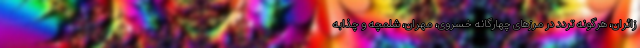
زائران، هرگونه تردد در مرزهای چهارگانه خسروی، مهران، شلمچه و چذابه